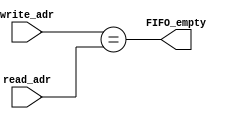
`timescale 1ns / 1ps
//////////////////////////////////////////////////////////////////////////////////
// Company: 
// Engineer: 
// 
// Design Name: 
// Module Name: empty_logic
// Project Name: 
// Target Devices: 
// Tool Versions: 
// Description: 
// 
// Dependencies: 
// 
// Revision:
// Revision 0.01 - File Created
// Additional Comments:
// 
//////////////////////////////////////////////////////////////////////////////////


module empty_logic#(parameter depth = 8, parameter adr_width = $clog2(depth))(

    input wire [adr_width : 0] write_adr,
    input wire [adr_width : 0] read_adr,
    output wire FIFO_empty

    );
    
    assign FIFO_empty = (write_adr == read_adr);
    
endmodule